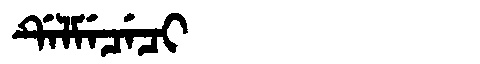
Manchu: ᡩᡝᠯᠮᡝᠴᡝᠴᡳ
Romanization: DELMECECI